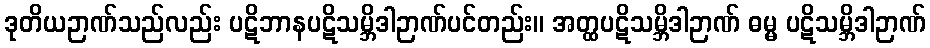
ဒုတိယဉာဏ်သည်လည်း ပဋိဘာနပဋိသမ္ဘိဒါဉာဏ်ပင်တည်း။ အတ္ထပဋိသမ္ဘိဒါဉာဏ် ဓမ္မ ပဋိသမ္ဘိဒါဉာဏ်